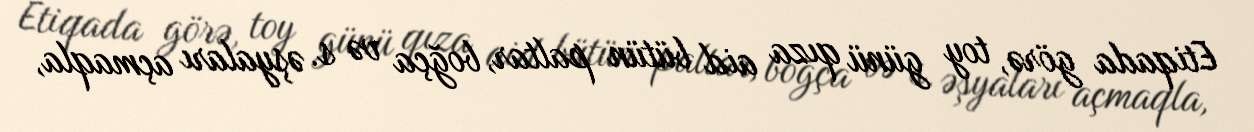
Etiqada görə, toy günü qıza aid bütün paltar, boğça və s. əşyaları açmaqla,